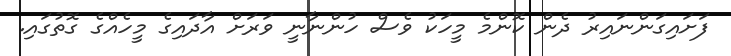
ފަށައިގަންނައިރު ދެން ކޮންމެ މީހަކު ވެސް ހުންނާނީ ވަރަށް އާދައިގެ މީހެއްގެ ގޮތުގައި.